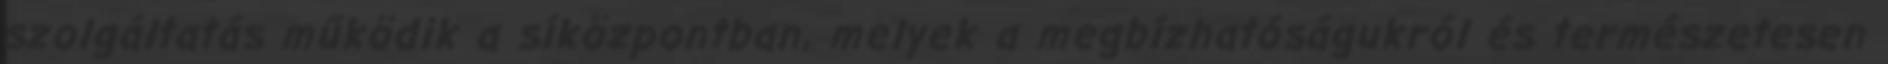
szolgáltatás működik a síközpontban, melyek a megbízhatóságukról és természetesen